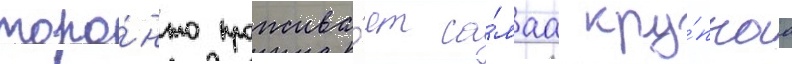
торо́нто прожива́ет са́маа кру́пнаа